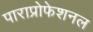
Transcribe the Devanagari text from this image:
पाराप्रोफेशनल